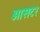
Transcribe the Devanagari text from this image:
ओसटर